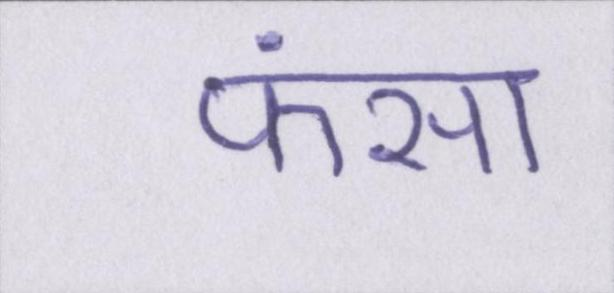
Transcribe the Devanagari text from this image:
फंसा